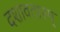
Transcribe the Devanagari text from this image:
दशावतारम्‌